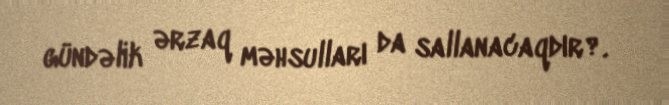
gündəlik ərzaq məhsulları da sallanacaqdır?.